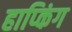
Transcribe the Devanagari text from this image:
हाप्किंग